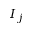
I _ { j }